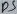
Text: D5